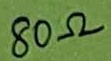
Text: 80Ω